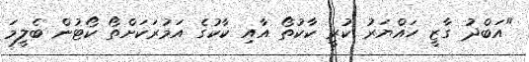
"އަބްދު ގާޒީ ހައްޔަރު ކުރީ ކާކުތޯ އާއި ކާކުގެ އަމުރަކަށްތޯ ކޯޓުން ބެލީމަ